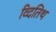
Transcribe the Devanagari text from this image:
व्दितिथ